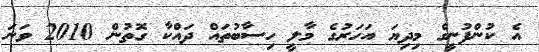
އެ ކުންފުނީގެ މިދިޔަ އަހަރުގެ މާލީ ހިސާބުތައް ދައްކާ ގޮތުން 2010 ވަނަ